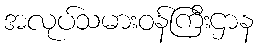
အလုပ်သမားဝန်ကြီးဌာန